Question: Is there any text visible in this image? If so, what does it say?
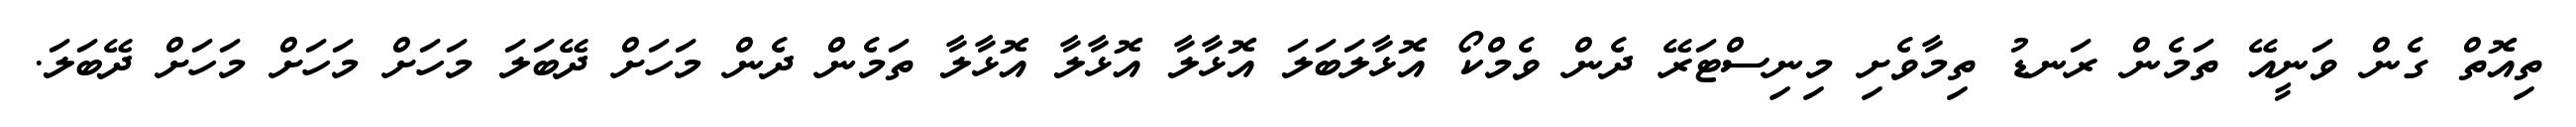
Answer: ތިއޮތް ގެން ވަނީއޭ ތަމެން ރަނޑު ތިމާވެށި މިނިސްޓަރޭ ދެން ވެމްކޯ އޮޅާލަބަލަ އޮޅާލާ އޮޅާލާ އޮޅާލާ ތަމެން ދެން މަހަށް ދޭބަލަ މަހަށް މަހަށް މަހަށް ދޭބަލަ.